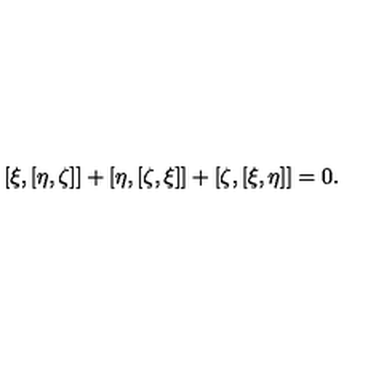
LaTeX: [ \xi , [ \eta , \zeta ] ] + [ \eta , [ \zeta , \xi ] ] + [ \zeta , [ \xi , \eta ] ] = 0 .